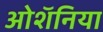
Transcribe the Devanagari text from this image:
ओशॅनिया